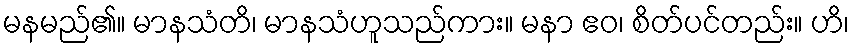
မနမည်၏။ မာနသံတိ၊ မာနသံဟူသည်ကား။ မနာ ဧဝ၊ စိတ်ပင်တည်း။ ဟိ၊